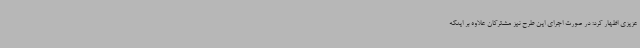
عزیزی اظهار کرد: در صورت اجرای این طرح نیز مشترکان علاوه بر اینکه